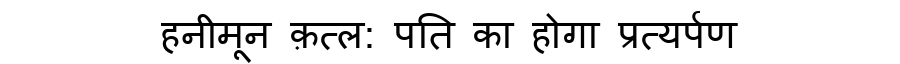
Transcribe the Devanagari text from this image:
हनीमून क़त्ल: पति का होगा प्रत्यर्पण